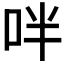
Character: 𠰢